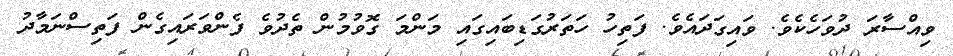
ވިއްސާރަ ދުވަހެކެވެ. ވައިގަދައެވެ. ފަތިހު ހަތަރުގަޑިބައިގައި މަންމަ ގޮވުމުން ތެދުވެ ފެންވަރައިގެން ފަތިސްނަމާދު